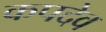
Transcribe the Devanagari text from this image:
कपदेव